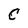
Character: C